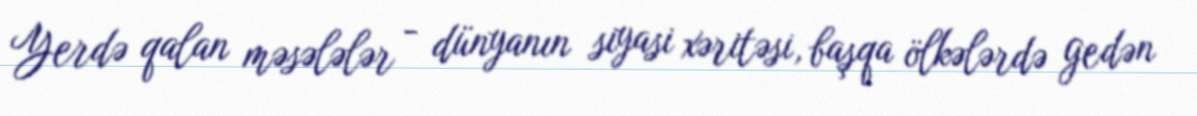
Yerdə qalan məsələlər - dünyanın siyasi xəritəsi, başqa ölkələrdə gedən